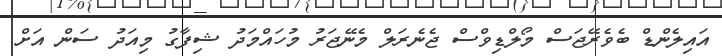
އައިލެންޑް ބެވެރޭޖަސް މޯލްޑިވްސް ޖެނެރަލް މެނޭޖަރު މުހައްމަދު ޝިފާގު މިއަދު ސަން އަށް